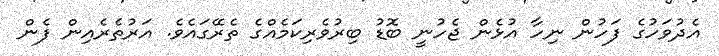
އެދުވަހުގެ ފަހުން ނިހާ އުޅެން ޖެހުނީ ބޮޑު ބިރުވެރިކަމެއްގެ ތެރޭގައެވެ. އަރުތެރެއިން ފެން